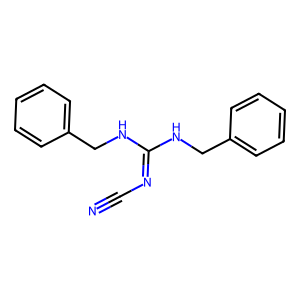
SMILES: N#CN=C(NCc1ccccc1)NCc1ccccc1
Inhibits HIV replication: Yes